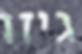
גיזו